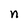
Character: n